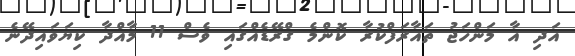
އަދި އާ މަންހަޖު ތައާރަފްކުރާ ކޮންމެ ގްރޭޑެއްގައި ވެސް 11 މާއްދާ ކިޔަވައިދޭނެ